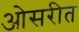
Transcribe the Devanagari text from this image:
ओसरीत